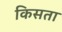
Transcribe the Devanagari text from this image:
किसता